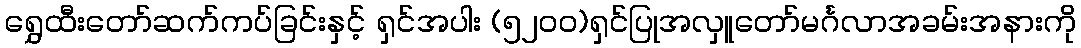
ရွှေထီးတော်ဆက်ကပ်ခြင်းနှင့် ရှင်အပါး (၅၂၀၀)ရှင်ပြုအလှူတော်မင်္ဂလာအခမ်းအနားကို